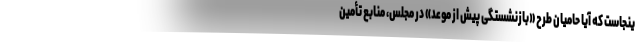
ینجاست که آیا حامیان طرح «بازنشستگی پیش از موعد» در مجلس، منابع تأمین